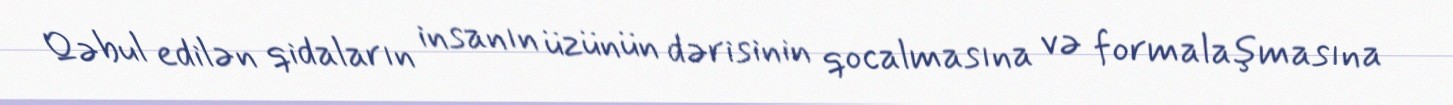
Qəbul edilən qidaların insanın üzünün dərisinin qocalmasına və formalaşmasına